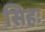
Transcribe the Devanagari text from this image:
सिहः